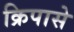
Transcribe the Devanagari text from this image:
क्रिपासे